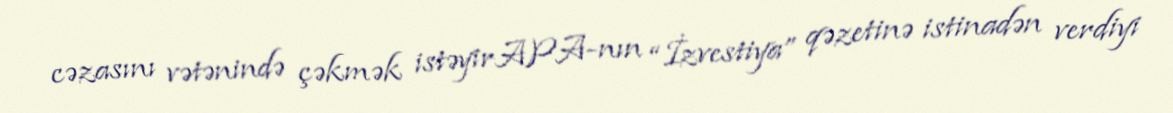
cəzasını vətənində çəkmək istəyirAPA-nın “İzvestiya” qəzetinə istinadən verdiyi